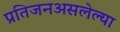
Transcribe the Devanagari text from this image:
प्रतिजनअसलेल्या